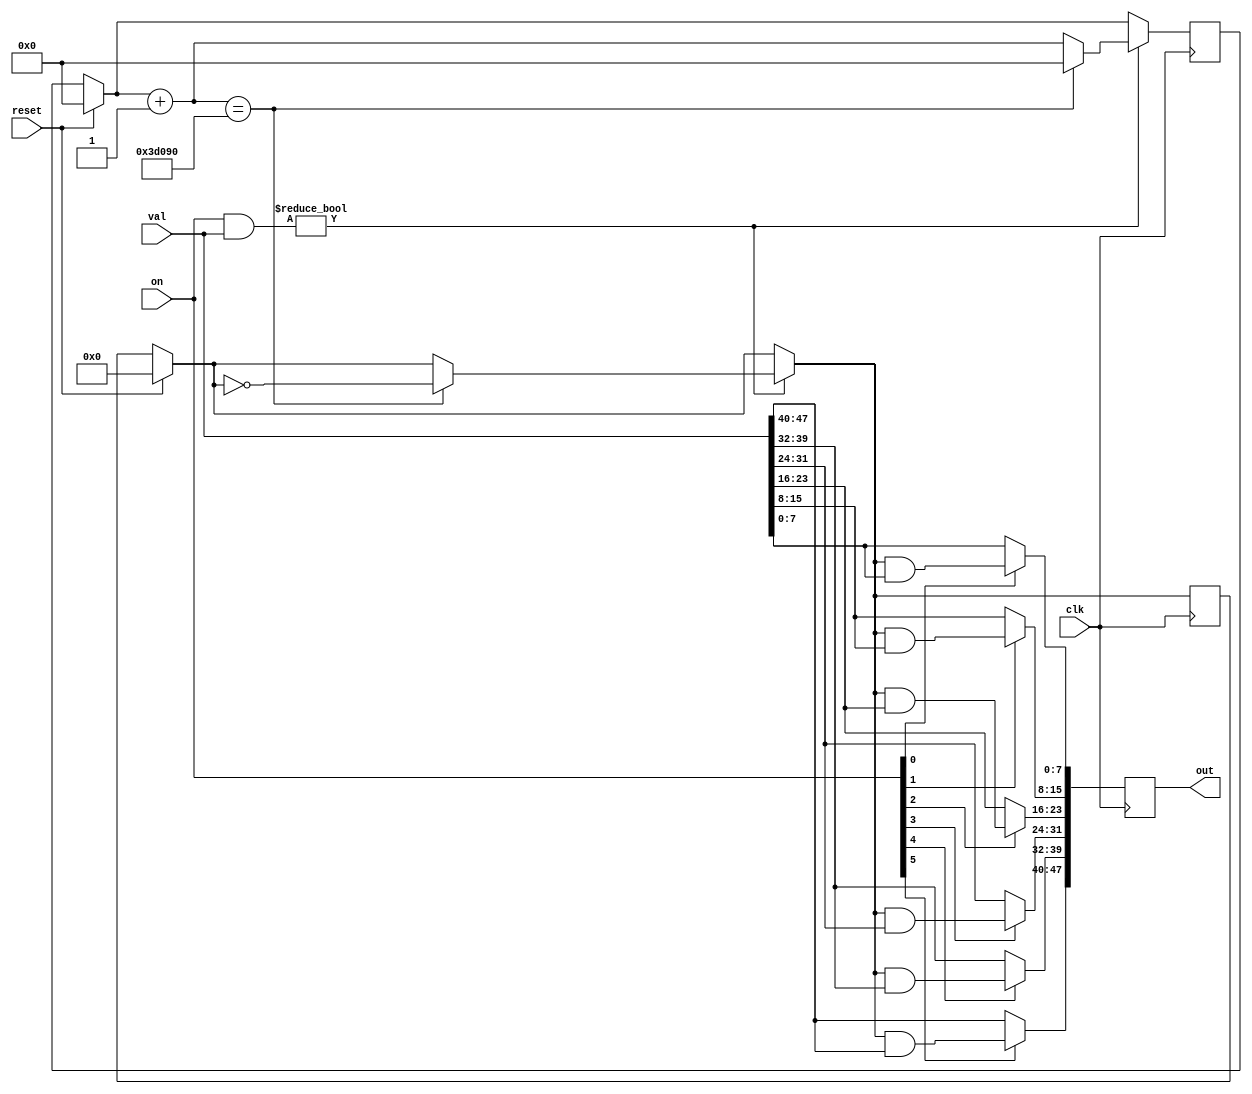
`timescale 1ns / 1ps
module blink(
	input [5:0] on,
	input [47:0] val,
	input clk,
	input reset,
	output reg [47:0] out
	);

	reg [17:0] count;
	reg [7:0] blk;
	
	initial begin
		out = 0;
		count = 0;
		blk = 0;
	end
	
	always @(posedge clk) begin
		if (reset) begin
			count = 0;
			blk = 0;
			out = 0;
		end
		if (on & val) begin
			count = count + 1;
			if (count == 250000) begin
				count = 0;
				blk = ~blk;
			end
		end
		else begin
			out = val;
		end
		if (on[5]) out[47:40] = blk & val[47:40];
		else out[47:40] = val[47:40];
		if (on[4]) out[39:32] = blk & val[39:32];
		else out[39:32] = val[39:32];
		if (on[3]) out[31:24] = blk & val[31:24];
		else out[31:24] = val[31:24];
		if (on[2]) out[23:16] = blk & val[23:16];
		else out[23:16] = val[23:16];
		if (on[1]) out[15:8] = blk & val[15:8];
		else out[15:8] = val[15:8];
		if (on[0]) out[7:0] = blk & val[7:0];
		else out[7:0] = val[7:0];
	end
endmodule